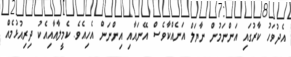
އެދުވަހު ކާރުގައި އަންނަމުން ނާޔަލް އަނެއްކާވެސް އޭނައާއި އިންނަން އެހިއެވެ. ކެމީލާއާއިއެކު ދިރިއުޅުމެއް